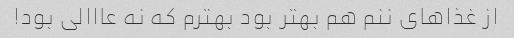
از غذاهای ننم هم بهتر بود بهترم که نه عااالی بود!